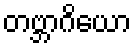
တဗ္ဘာဂိယော